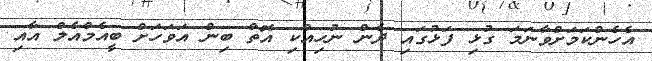
އެހެންކަމަށްވާނަމަ ގުޅި ފަޅުގައި ދެން ނުހިއްކި އޮތް ބިން އަވަހަށް ބީއެމްއެލް އާއި